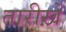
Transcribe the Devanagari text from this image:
तारीख़ें